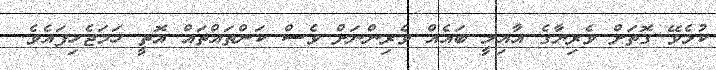
ކުޅެވޭ ގޮތަށް ވެރިޔާގެ އާއިލީ ބައެއް ވެރިންނަށް ވެސް ކަންތައްތައް އޮތީ ހަމަޖެހިފައެވެ.